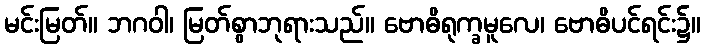
မင်းမြတ်။ ဘဂဝါ၊ မြတ်စွာဘုရားသည်။ ဗောဓိရုက္ခမူလေ၊ ဗောဓိပင်ရင်း၌။